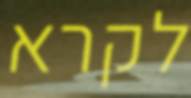
לקרא